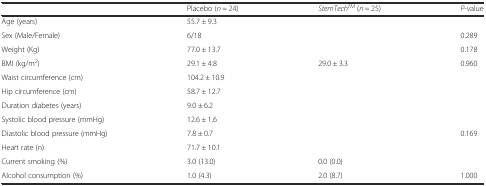
<table><thead><tr><td>[EMPTY_CELL]</td><td><b>Placebo (<i>n</i> = 24)</b></td><td><b><i>StemTech</i><sup><i>TM</i></sup> (<i>n</i> = 25)</b></td><td><b><i>P</i>-value</b></td></tr></thead><tbody><tr><td>Age (years)</td><td>55.7 ± 9.3</td><td>[EMPTY_CELL]</td><td>[EMPTY_CELL]</td></tr><tr><td>Sex (Male/Female)</td><td>6/18</td><td>[EMPTY_CELL]</td><td>0.289</td></tr><tr><td>Weight (Kg)</td><td>77.0 ± 13.7</td><td>[EMPTY_CELL]</td><td>0.178</td></tr><tr><td>BMI (kg/m<sup>2</sup>)</td><td>29.1 ± 4.8</td><td>29.0 ± 3.3</td><td>0.960</td></tr><tr><td>Waist circumference (cm)</td><td>104.2 ± 10.9</td><td>[EMPTY_CELL]</td><td>[EMPTY_CELL]</td></tr><tr><td>Hip circumference (cm)</td><td>58.7 ± 12.7</td><td>[EMPTY_CELL]</td><td>[EMPTY_CELL]</td></tr><tr><td>Duration diabetes (years)</td><td>9.0 ± 6.2</td><td>[EMPTY_CELL]</td><td>[EMPTY_CELL]</td></tr><tr><td>Systolic blood pressure (mmHg)</td><td>12.6 ± 1.6</td><td>[EMPTY_CELL]</td><td>[EMPTY_CELL]</td></tr><tr><td>Diastolic blood pressure (mmHg)</td><td>7.8 ± 0.7</td><td>[EMPTY_CELL]</td><td>0.169</td></tr><tr><td>Heart rate (n)</td><td>71.7 ± 10.1</td><td>[EMPTY_CELL]</td><td>[EMPTY_CELL]</td></tr><tr><td>Current smoking (%)</td><td>3.0 (13.0)</td><td>0.0 (0.0)</td><td>[EMPTY_CELL]</td></tr><tr><td>Alcohol consumption (%)</td><td>1.0 (4.3)</td><td>2.0 (8.7)</td><td>1.000</td></tr></tbody></table>